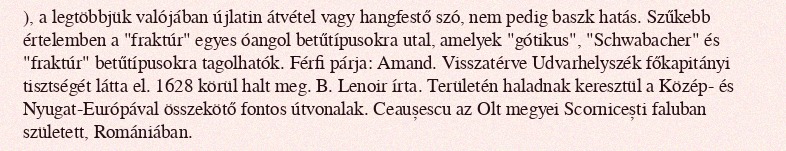
), a legtöbbjük valójában újlatin átvétel vagy hangfestő szó, nem pedig baszk hatás. Szűkebb értelemben a "fraktúr" egyes óangol betűtípusokra utal, amelyek "gótikus", "Schwabacher" és "fraktúr" betűtípusokra tagolhatók. Férfi párja: Amand. Visszatérve Udvarhelyszék főkapitányi tisztségét látta el. 1628 körül halt meg. B. Lenoir írta. Területén haladnak keresztül a Közép- és Nyugat-Európával összekötő fontos útvonalak. Ceaușescu az Olt megyei Scornicești faluban született, Romániában.